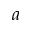
^ { a }